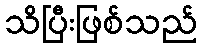
သိပြီးဖြစ်သည်